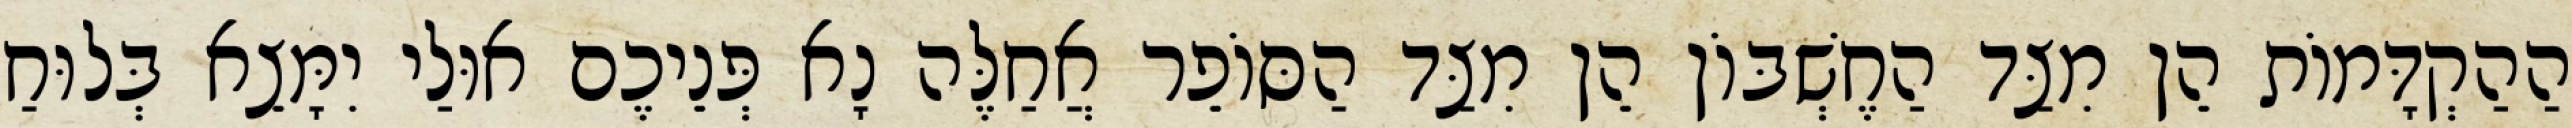
הַהַקְדָּמוֹת הֵן מִצַּד הַחֶשְׁבּוֹן הֵן מִצַּד הַסּוֹפֵר אֲחַלֶּה נָא פְּנֵיכֶם אוּלַי יִמָּצֵא בְּלוּחַ